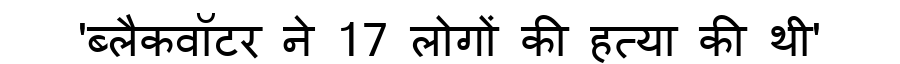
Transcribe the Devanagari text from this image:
'ब्लैकवॉटर ने 17 लोगों की हत्या की थी'